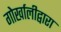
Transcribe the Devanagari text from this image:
गोर्खालीद्वारा